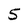
Character: 5